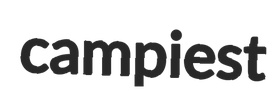
campiest